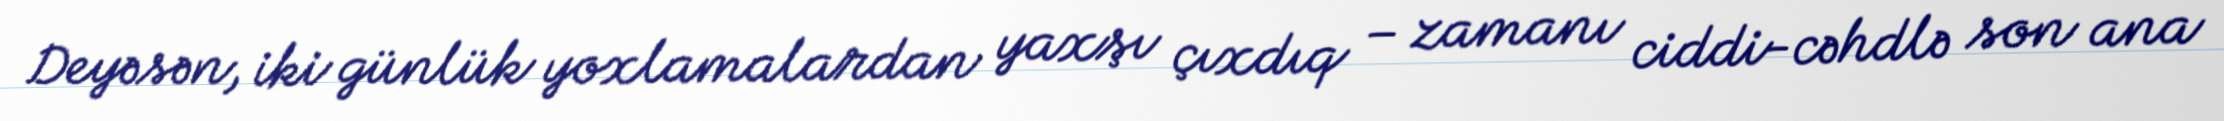
Deyəsən, iki günlük yoxlamalardan yaxşı çıxdıq – zamanı ciddi-cəhdlə son ana